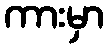
ကားမှာ